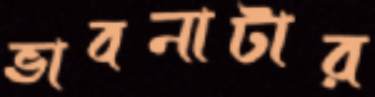
ভাবনাটার